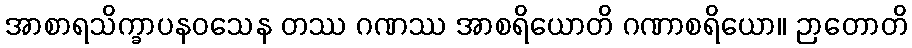
အာစာရသိက္ခာပနဝသေန တဿ ဂဏဿ အာစရိယောတိ ဂဏာစရိယော။ ဉာတောတိ